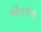
ઐયરના